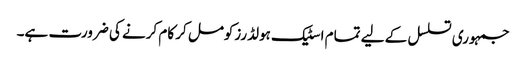
جمہوری تسلسل کے لیے تمام اسٹیک ہولڈرزکومل کر کام کرنے کی ضرورت ہے۔